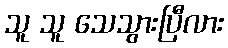
သူ သူ သေသွားပြီလား